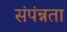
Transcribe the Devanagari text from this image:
संपंन्नता